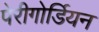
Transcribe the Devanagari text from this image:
पेरीगोर्डियन